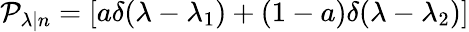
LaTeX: \mathcal{P}_{\lambda|n}=[a\delta(\lambda-\lambda_{1})+(1-a)\delta(\lambda-\lambda_{2})]